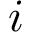
i